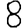
Digit: 8